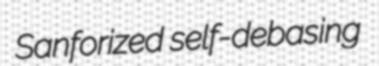
Sanforized self-debasing